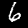
Label: 6